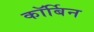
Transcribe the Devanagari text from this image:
कॉर्बिन